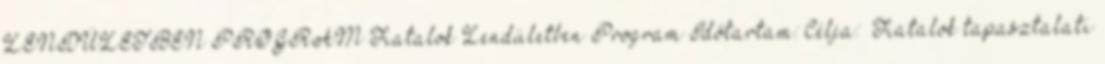
LENDÜLETBEN PROGRAM Fiatalok Lendületben Program Időtartam: Célja: –Fiatalok tapasztalati